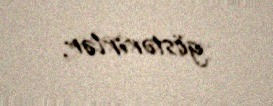
göstərirlər.